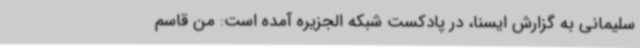
سلیمانی به گزارش ایسنا، در پادکست شبکه الجزیره آمده است: من قاسم